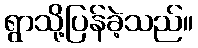
ရွာသို့ပြန်ခဲ့သည်။